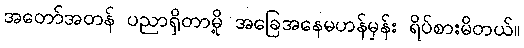
အတော်အတန် ပညာရှိတာမို့ အခြေအနေမဟန်မှန်း ရိပ်စားမိတယ်။